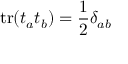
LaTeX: \mathrm { t r } ( t _ { a } t _ { b } ) = \frac { 1 } { 2 } \delta _ { a b }